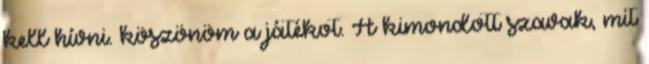
kell hívni. köszönöm a játékot. A kimondott szavak, mit